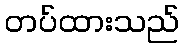
တပ်ထားသည်